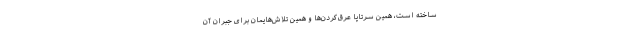
ساخته است، همین سرتاپا عرق‌کردن‌ها و همین تلاش‌هایمان برای جبران آن